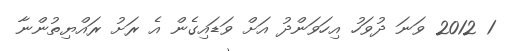
1 2012 ވަނަ ދުވަހު އިހަވަންދު އަށް ވަޑައިގެން އެ ރަށު ރައްޔިތުންނާ